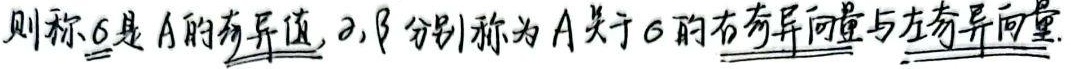
则称\(\sigma\)是\(A\)的奇异值，\(\alpha\)，\(\beta\)分别称为\(A\)关于\(\sigma\)的右奇异向量与左奇异向量。